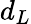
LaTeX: d_{L}